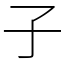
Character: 子